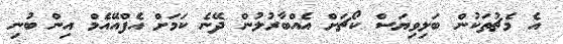
އެ މެޗުތަކުން ބަލިވިޔަސް ކޯޗަށް އެއްބާރުލުން ދޭނެ ކަމަށް އެފްއޭއެމް އިން ބުނި